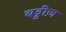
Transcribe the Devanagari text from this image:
बड्डीज़